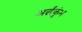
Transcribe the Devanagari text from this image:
अर्द्धकुंभ